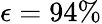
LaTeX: \epsilon=94\%